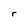
Character: r